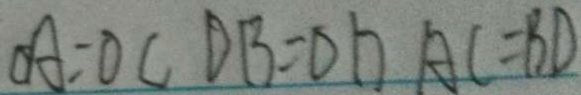
O A = O C D B = O D A C = B D